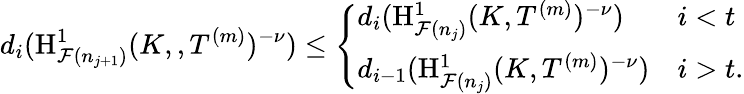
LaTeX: d_{i}(\mathrm{H}_{\mathcal{F}(n_{j+1})}^{1}(K,,T^{(m)})^{-\nu})\leq\left\{ \begin{array}{ll}{d_{i}(\mathrm{H}_{\mathcal{F}(n_{j})}^{1}(K,T^{(m)})^{-\nu})}&{i<t}\\ {d_{i-1}(\mathrm{H}_{\mathcal{F}(n_{j})}^{1}(K,T^{(m)})^{-\nu})}&{i>t.}\end{array}\right.